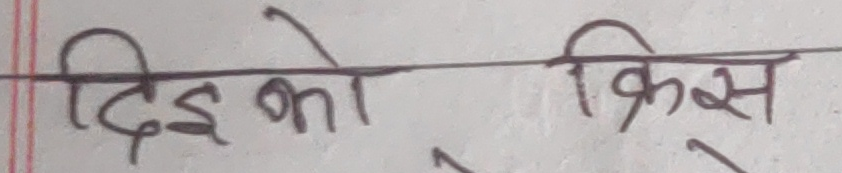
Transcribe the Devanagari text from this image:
दिइ को किस